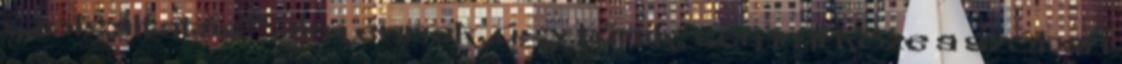
szolgáltatás”, ám ennek, úgy tűnik, semmi köze a szóban